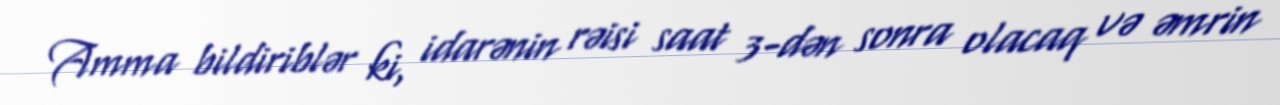
Amma bildiriblər ki, idarənin rəisi saat 3-dən sonra olacaq və əmrin